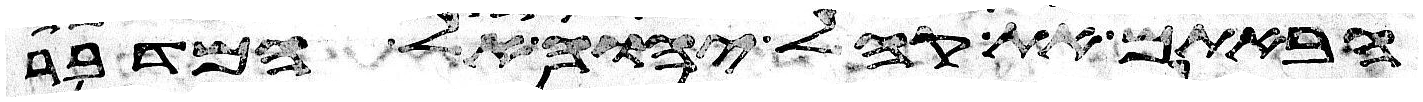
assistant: הבאתם את קהל יהוה אל המדבר